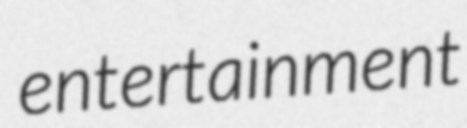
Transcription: entertainment